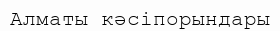
Алматы кәсіпорындары